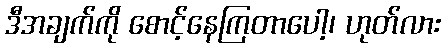
ဒီအချက်ကို စောင့်နေကြတာပေါ့၊ ဟုတ်လား